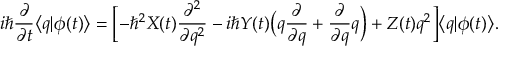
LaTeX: i \hbar \frac { \partial } { \partial t } \bigl < q | \phi ( t ) \bigr > = \Bigl [ - \hbar ^ { 2 } X ( t ) \frac { \partial ^ { 2 } } { \partial q ^ { 2 } } - i \hbar Y ( t ) \bigl ( q \frac { \partial } { \partial q } + \frac { \partial } { \partial q } q \Bigr ) + Z ( t ) q ^ { 2 } \Bigr ] \bigl < q | \phi ( t ) \bigr > .